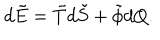
LaTeX: d \tilde { E } = \tilde { T } d \tilde { S } + \tilde { \phi } d Q .